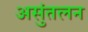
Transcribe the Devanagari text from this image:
असुंतलन